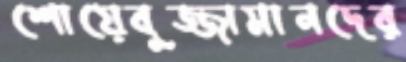
শোয়েবুজ্জামানদের